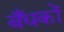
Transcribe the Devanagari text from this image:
बँधकों